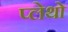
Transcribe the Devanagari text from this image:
प्लेथो